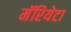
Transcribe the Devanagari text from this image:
मॅरियेटा